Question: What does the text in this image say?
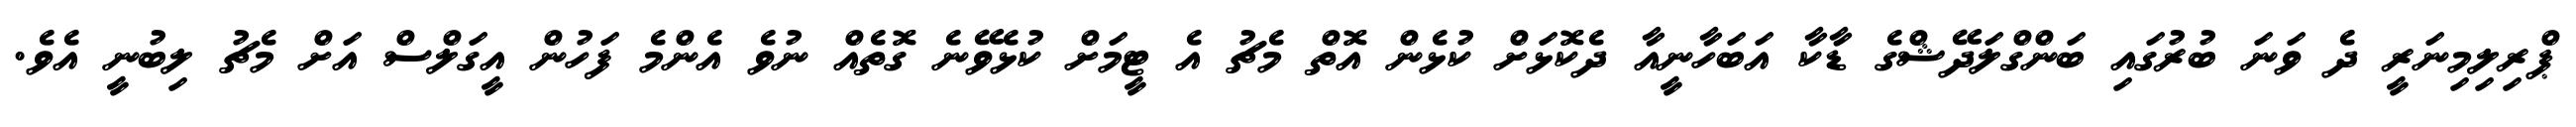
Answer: ޕްރިލިމިނަރީ ދެ ވަނަ ބުރުގައި ބަންގްލަދޭޝްގެ ޑާކާ އަބަހާނީއާ ދެކޮޅަށް ކުޅެން އޮތް މެޗު އެ ޓީމަށް ކުޅެވޭނެ ގޮތެއް ނުވެ އެންމެ ފަހުން އީގަލްސް އަށް މެޗު ލިބުނީ އެވެ.